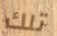
تلك